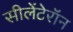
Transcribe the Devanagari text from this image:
सीलेंटेरॉन